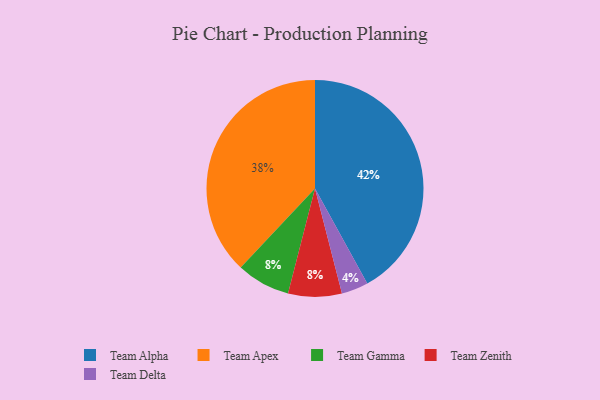
{"axis": {"x": "Category", "y": "Percentage"}, "legend": ["Team Alpha", "Team Apex", "Team Delta", "Team Gamma", "Team Zenith"], "data": [{"x": "Team Gamma", "y": 8, "type": "Team Gamma"}, {"x": "Team Delta", "y": 4, "type": "Team Delta"}, {"x": "Team Apex", "y": 38, "type": "Team Apex"}, {"x": "Team Alpha", "y": 42, "type": "Team Alpha"}, {"x": "Team Zenith", "y": 8, "type": "Team Zenith"}]}